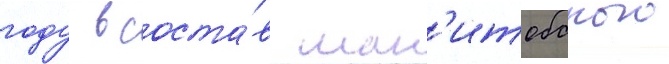
году в соста́в ман'итобского